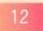
12